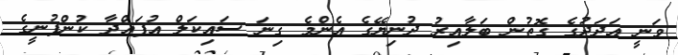
ވަނީ އަދަދުގެ ގޮތުން ބަލާއިރު ދުނިޔޭގެ އެންމެ ގިނަ ސައިކަލް އުފައްދާ ކުންފުނީގެ